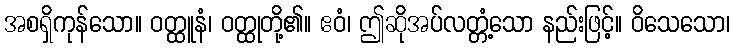
အစရှိကုန်သော။ ဝတ္ထူနံ၊ ဝတ္ထုတို့၏။ ဧဝံ၊ ဤဆိုအပ်လတ္တံ့သော နည်းဖြင့်။ ဝိသေသော၊